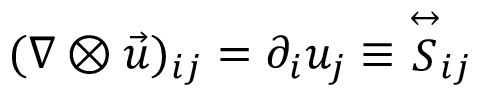
( \nabla \otimes \vec { u } ) _ { i j } = \partial _ { i } u _ { j } \equiv { \stackrel { \leftrightarrow } { S } } _ { i j }